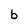
Character: b